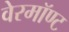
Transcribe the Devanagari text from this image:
वेरमॉण्ट